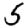
Digit: 5